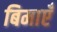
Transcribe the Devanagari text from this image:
बिमाएँ